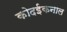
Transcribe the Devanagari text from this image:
कोदईकनाल